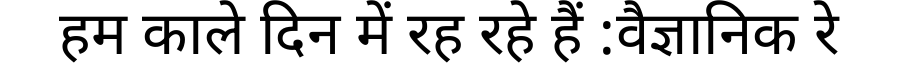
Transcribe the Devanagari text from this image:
हम काले दिन में रह रहे हैं :वैज्ञानिक रे